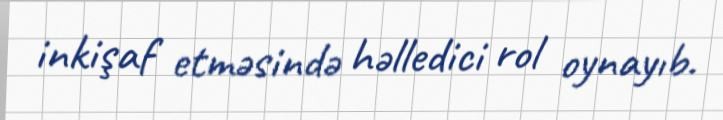
inkişaf etməsində həlledici rol oynayıb.